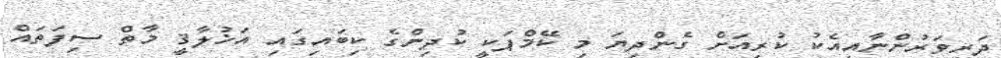
ދަރިވަރުންނާއިއެކު ކުރިއަށް ގެންދިޔަ މި ކޭމްޕަކީ ކުދިންގެ ކިބައިގައި އަޚުލާޤީ މާތް ސިފަތައް